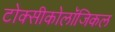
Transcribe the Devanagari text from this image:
टोक्सीकोलॉजिकल